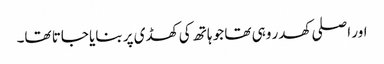
اور اصلی کھدر وہی تھا جو ہاتھ کی کھڈی پر بنایا جاتا تھا۔